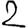
Digit: 2